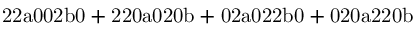
\mathrm { 2 2 a 0 0 2 b 0 + 2 2 0 a 0 2 0 b + 0 2 a 0 2 2 b 0 + 0 2 0 a 2 2 0 b }